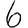
Digit: 6